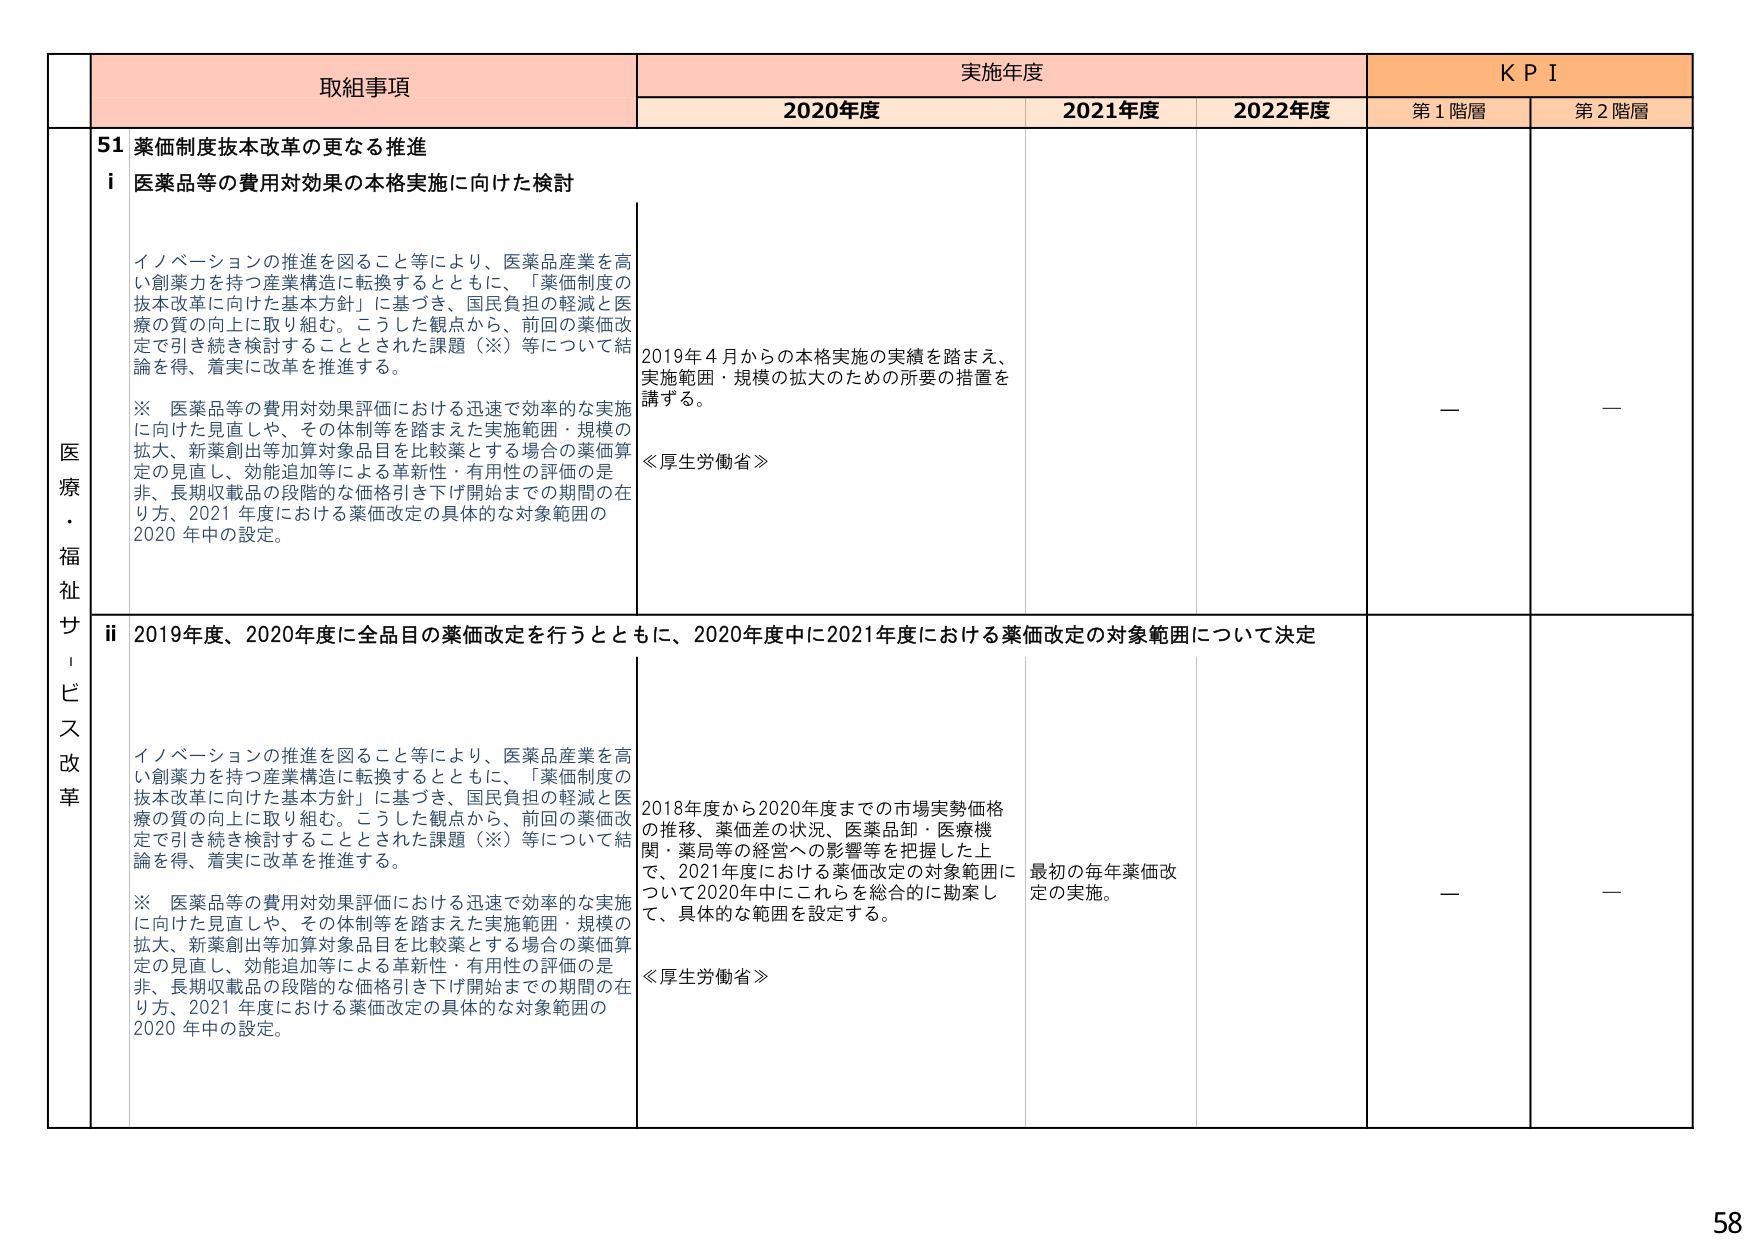
取組事項
実施年度
K P I
2020年度
2021年度
2022年度
第1階層
第2階層
医療・福祉サービス改革
51 薬価制度抜本改革の更なる推進
i 医薬品等の費用対効果の本格実施に向けた検討
イノベーションの推進を図ること等により、医薬品産業を高い創薬力を持つ産業構造に転換するとともに、「薬価制度の抜本改革に向けた基本方針」に基づき、国民負担の軽減と医療の質の向上に取り組む。こうした観点から、前回の薬価改定で引き続き検討することとされた課題（※）等について結論を得、着実に改革を推進する。
※ 医薬品等の費用対効果評価における迅速で効率的な実施に向けた見直しや、その体制等を踏まえた実施範囲・規模の拡大、新薬創出等加算対象品目を比較薬とする場合の薬価算定の見直し、効能追加等による革新性・有用性の評価の是非、長期収載品の段階的な価格引き下げ開始までの期間の在り方、2021年度における薬価改定の具体的な対象範囲の2020年中の設定。
2019年4月からの本格実施の実績を踏まえ、実施範囲・規模の拡大のための所要の措置を講ずる。
≪厚生労働省≫
—
—
ii 2019年度、2020年度に全品目の薬価改定を行うとともに、2020年度中に2021年度における薬価改定の対象範囲について決定
イノベーションの推進を図ること等により、医薬品産業を高い創薬力を持つ産業構造に転換するとともに、「薬価制度の抜本改革に向けた基本方針」に基づき、国民負担の軽減と医療の質の向上に取り組む。こうした観点から、前回の薬価改定で引き続き検討することとされた課題（※）等について結論を得、着実に改革を推進する。
※ 医薬品等の費用対効果評価における迅速で効率的な実施に向けた見直しや、その体制等を踏まえた実施範囲・規模の拡大、新薬創出等加算対象品目を比較薬とする場合の薬価算定の見直し、効能追加等による革新性・有用性の評価の是非、長期収載品の段階的な価格引き下げ開始までの期間の在り方、2021年度における薬価改定の具体的な対象範囲の2020年中の設定。
2018年度から2020年度までの市場実勢価格の推移、薬価差の状況、医薬品卸・医療機関・薬局等の経営への影響等を把握した上で、2021年度における薬価改定の対象範囲について2020年中にこれらを総合的に勘案して、具体的な範囲を設定する。
≪厚生労働省≫
最初の毎年薬価改定の実施。
—
—
58